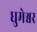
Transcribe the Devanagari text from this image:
धुमेश्वर